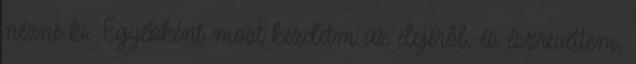
nézne ki. Egyébként most kezdetm az elejéről, és észrevettem,